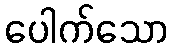
ပေါက်သော